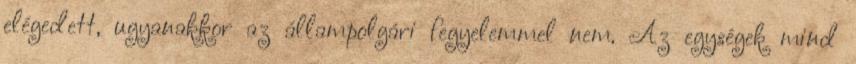
elégedett, ugyanakkor az állampolgári fegyelemmel nem. Az egységek mind